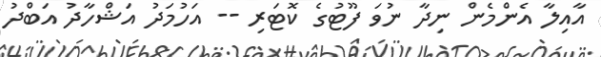
އާއިލާ އެންމެން ނިދާ ނުވަ ފޫޓުގެ ކޮޓަރި -- އަހުމަދު އަޝްހާދު އަބްދު